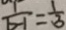
\frac { 1 } { b - 1 } = \frac { 1 } { 3 }